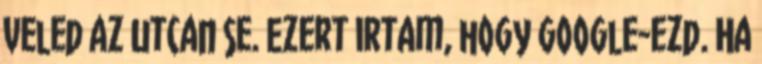
veled az utcan se. Ezert irtam, hogy google-ezd. Ha